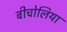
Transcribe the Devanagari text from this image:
बीचोलिया